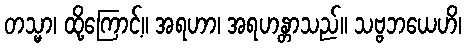
တသ္မာ၊ ထို့ကြောင့်။ အရဟာ၊ အရဟန္တာသည်။ သဗ္ဗဘယေဟိ၊